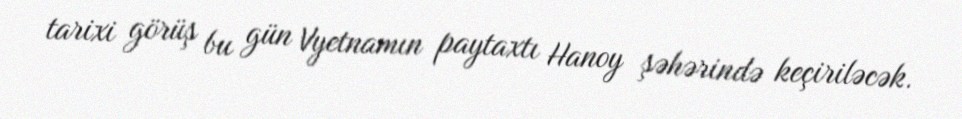
tarixi görüş bu gün Vyetnamın paytaxtı Hanoy şəhərində keçiriləcək.